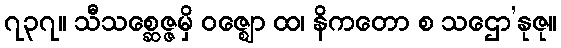
၇၃၇။ သီသစ္ဆေဇ္ဇမှိ ဝဇ္ဈော ထ၊ နိကတော စ သဌော’နုဇု။